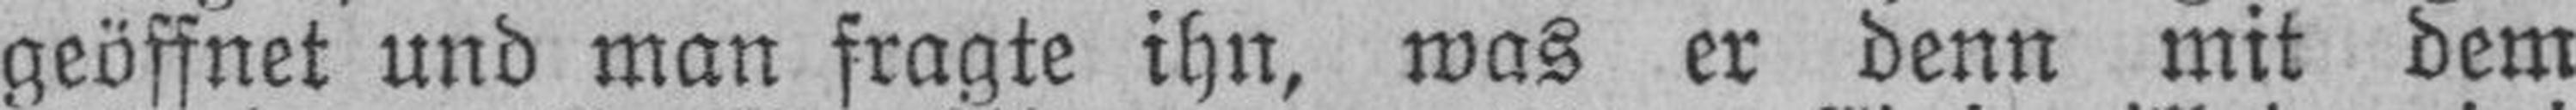
geöffnet und man fragte ihn, was er denn mit dem